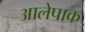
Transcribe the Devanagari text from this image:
आलेपाक